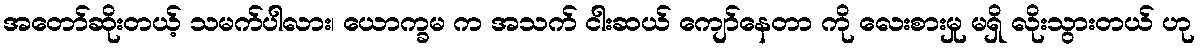
အတော်ဆိုးတယ့် သမက်ပါလား၊ ယောက္ခမ က အသက် ငါးဆယ် ကျော်နေတာ ကို လေးစားမှု မရှိ လိုးသွားတယ် ဟု